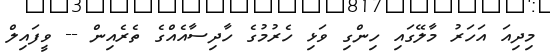
މިދިއަ އަހަރު މާލޭގައި ހިންގި ވަޅި ހެރުމުގެ ހާދިސާއެއްގެ ތެރެއިން -- ވީފައިލް